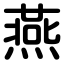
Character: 燕